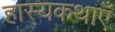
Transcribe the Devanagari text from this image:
हास्यकथाएँ